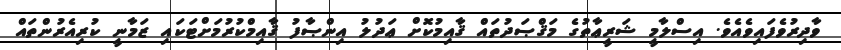
ވާދިރުވެފައިވެއެވެ. އިސްލާމީ ޝަރީޢާތުގެ މަޤްޞަދުތައް ޤާއިމުކޮށް ޢަދުލު އިންޞާފު ޤާއިމްކުރުމަށްޓަކައި ޒަމާނީ ކުރިއެރުންތައް